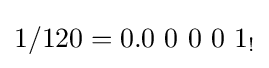
1/120=0.0\ 0\ 0\ 0\ 1_{!}